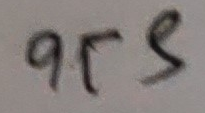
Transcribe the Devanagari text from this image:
११२९